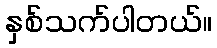
နှစ်သက်ပါတယ်။